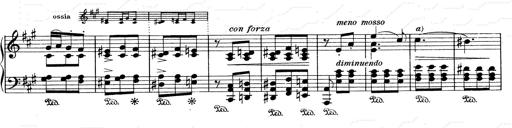
Title: Mephisto Waltz No.1
Composer: Franz Liszt